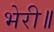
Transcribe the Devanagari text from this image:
भेरी॥